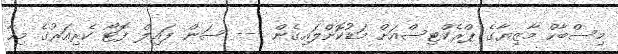
މިސްބާހް މާޒިޔާގެ ޕްރެކްޓިސްއަށް މަޑުކޮށްލައިގެން --- ސަން ފައިލް ފޮޓޯ ކެރިއަރުގެ މިހާ